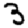
Digit: 3